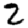
Digit: 2